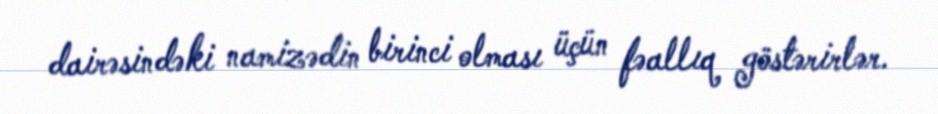
dairəsindəki namizədin birinci olması üçün fəallıq göstərirlər.